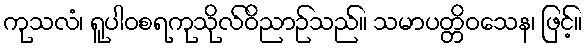
ကုသလံ၊ ရူပါဝစရကုသိုလ်ဝိညာဉ်သည်။ သမာပတ္တိဝသေန၊ ဖြင့်။